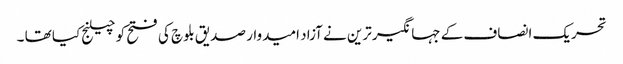
تحریک انصاف کے جہانگیر ترین نے آزاد امیدوار صدیق بلوچ کی فتح کو چیلنج کیا تھا ۔